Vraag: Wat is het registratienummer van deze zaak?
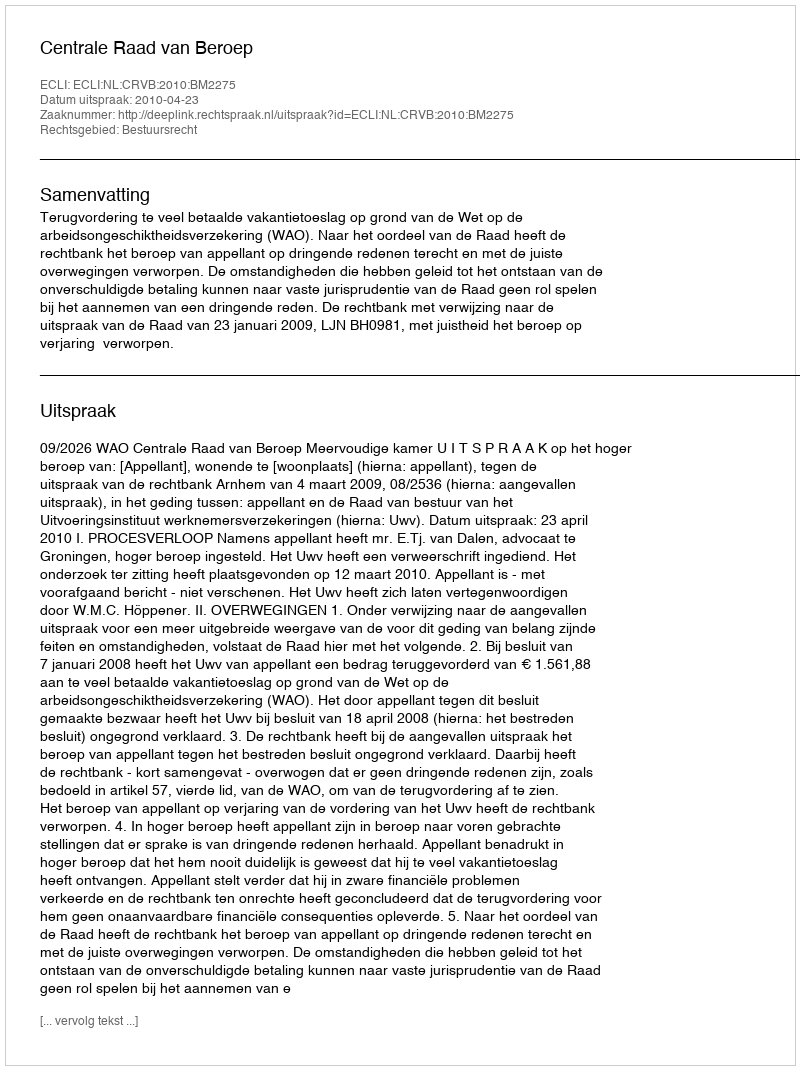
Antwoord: http://deeplink.rechtspraak.nl/uitspraak?id=ECLI:NL:CRVB:2010:BM2275